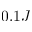
0 . 1 J